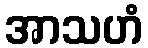
အာသဟံ